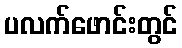
ပလက်ဖောင်းတွင်